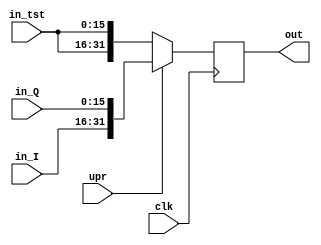
//-----------------------------------------------------------------------------
//
// Title       : comm1
// Design      : arria5_tst1
// Company     : nasa
//
//-----------------------------------------------------------------------------
//
// Generated   : Wed Jul 18 15:32:36 2018
// From        : interface description file
// By          : Itf2Vhdl ver. 1.22
//
//-----------------------------------------------------------------------------
//
// Description : 
//
//-----------------------------------------------------------------------------
`timescale 1 ns / 1 ps

//{{ Section below this comment is automatically maintained
//   and may be overwritten
//{module {comm1}}
module comm1 (
	output wire [31:0] out,
	input wire clk,
	input wire upr,
	input wire [15:0] in_I,
	input wire [15:0] in_Q,
	input wire [15:0] in_tst
); 

reg [31:0] a=0;

always @(posedge clk)
	begin 		
		if (upr) a<={in_I,in_Q}; else a<={in_tst,in_tst};			
	end
	
	assign out = a;
endmodule